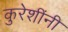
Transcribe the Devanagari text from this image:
कुरेशींनी